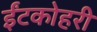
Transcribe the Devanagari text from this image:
ईंटकोहरी